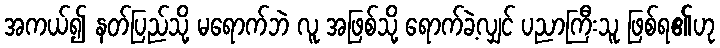
အကယ်၍ နတ်ပြည်သို့ မရောက်ဘဲ လူ အဖြစ်သို့ ရောက်ခဲ့လျှင် ပညာကြီးသူ ဖြစ်ရ၏ဟု